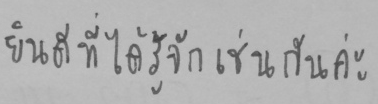
ยินดีที่ได้รู้จักเช่นกันค่ะ